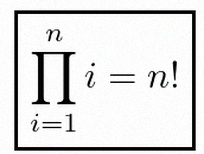
\prod_{i=1}^{n}i=n!